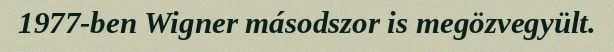
1977-ben Wigner másodszor is megözvegyült.